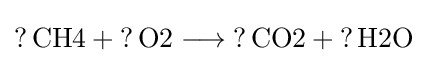
{{\mathord {?}}\,{\text{CH4}}{}+{}{\mathord {?}}\,{\text{O2}}{}\mathrel {\longrightarrow } {}{\mathord {?}}\,{\text{CO2}}{}+{}{\mathord {?}}\,{\text{H2O}}}